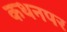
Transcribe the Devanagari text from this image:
कथनपर